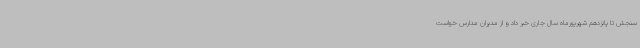
سنجش تا پانزدهم شهریورماه سال جاری خبر داد و از مدیران مدارس خواست